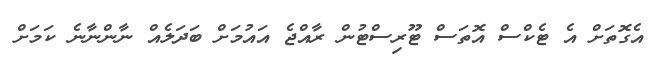
އެގޮތަށް އެ ޓެކްސް އޮތަސް ޓޫރިސްޓުން ރާއްޖެ އައުމަށް ބަދަލެއް ނާންނާނެ ކަމަށް